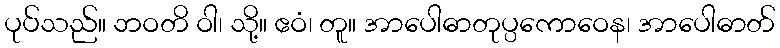
ပုပ်သည်။ ဘဝတိ ဝါ၊ သို့။ ဧဝံ၊ တူ။ အာပေါဓာတုပ္ပကောဝေန၊ အာပေါဓာတ်